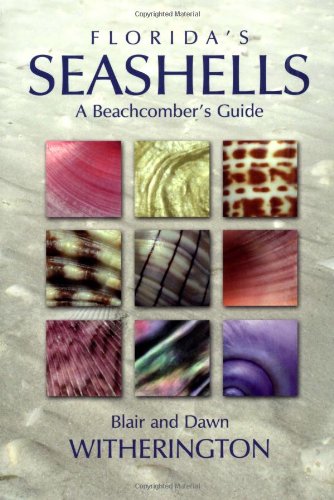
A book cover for Florida's Seashells: A Beachcomber's Guide; Blair Witherington; Science & Math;